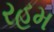
રહમ